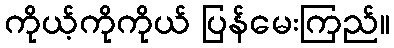
ကိုယ့်ကိုကိုယ် ပြန်မေးကြည်။